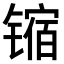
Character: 𫔊